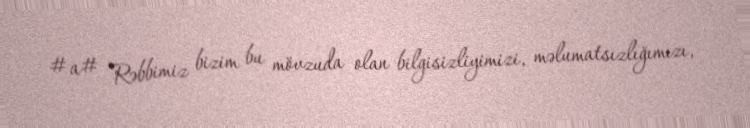
#a# Rəbbimiz bizim bu mövzuda olan bilgisizliyimizi, məlumatsızlığımızı,